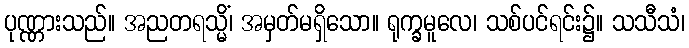
ပုဏ္ဏားသည်။ အညတရသ္မိံ၊ အမှတ်မရှိသော။ ရုက္ခမူလေ၊ သစ်ပင်ရင်း၌။ သသီသံ၊